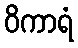
ဝိကာရံ